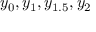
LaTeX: y _ { 0 } , y _ { 1 } , y _ { 1 . 5 } , y _ { 2 }